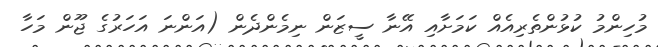
މުހިންމު ކުޅުންތެރިއެއް ކަމަށާއި އޭނާ ސީޒަން ނިމެންދެން (އަންނަ އަހަރުގެ ޖޫން މަހާ